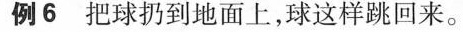
例6 把球扔到地面上，球这样跳回来。